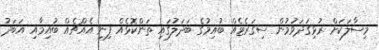
މިސާލަކަށް ރުޅިގަދަވުމުން ސިގަރެޓެއް ބުއިމުގެ ބަދަލުގައި ތަންކޮޅެއް ފިނި އެއްޗެއް ބުއިމާއި އަބަދު